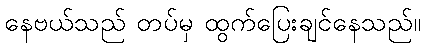
နေဗယ်သည် တပ်မှ ထွက်ပြေးချင်နေသည်။